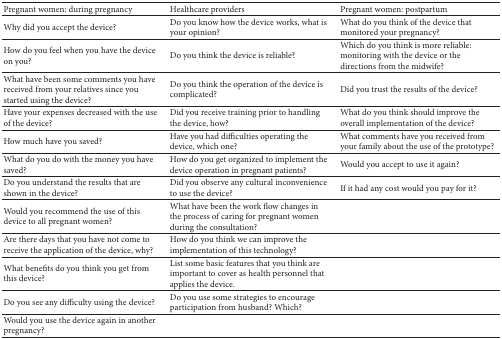
<table><thead><tr><td><b>Pregnant women: during pregnancy </b></td><td><b>Healthcare providers</b></td><td><b>Pregnant women: postpartum</b></td></tr></thead><tbody><tr><td>Why did you accept the device?</td><td>Do you know how the device works, what is your opinion?</td><td>What do you think of the device that monitored your pregnancy? </td></tr><tr><td>How do you feel when you have the device on you?</td><td>Do you think the device is reliable?</td><td>Which do you think is more reliable: monitoring with the device or the directions from the midwife?</td></tr><tr><td>What have been some comments you have received from your relatives since you started using the device?</td><td>Do you think the operation of the device is complicated?</td><td>Did you trust the results of the device?</td></tr><tr><td>Have your expenses decreased with the use of the device?</td><td>Did you receive training prior to handling the device, how?</td><td>What do you think should improve the overall implementation of the device?</td></tr><tr><td>How much have you saved?</td><td>Have you had difficulties operating the device, which one?</td><td>What comments have you received from your family about the use of the prototype?</td></tr><tr><td>What do you do with the money you have saved?</td><td>How do you get organized to implement the device operation in pregnant patients?</td><td>Would you accept to use it again?</td></tr><tr><td>Do you understand the results that are shown in the device?</td><td>Did you observe any cultural inconvenience to use the device?</td><td>If it had any cost would you pay for it?</td></tr><tr><td>Would you recommend the use of this device to all pregnant women?</td><td>What have been the work flow changes in the process of caring for pregnant women during the consultation?</td><td> </td></tr><tr><td>Are there days that you have not come to receive the application of the device, why?</td><td>How do you think we can improve the implementation of this technology?</td><td> </td></tr><tr><td>What benefits do you think you get from this device?</td><td>List some basic features that you think are important to cover as health personnel that applies the device.</td><td> </td></tr><tr><td>Do you see any difficulty using the device?</td><td>Do you use some strategies to encourage participation from husband? Which?</td><td> </td></tr><tr><td>Would you use the device again in another pregnancy?</td><td> </td><td> </td></tr></tbody></table>